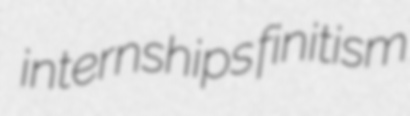
internships finitism